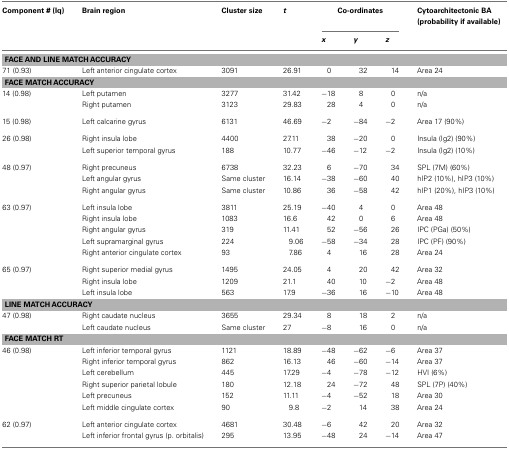
<table><thead><tr><td><b>Component # (Iq)</b></td><td><b>Brain region</b></td><td><b>Cluster size</b></td><td><b><i>t</i></b></td><td colspan="3"><b>Co-ordinates</b></td><td><b>Cytoarchitectonic BA (probability if available)</b></td></tr><tr><td></td><td></td><td></td><td></td><td><b><i>x</i></b></td><td><b><i>y</i></b></td><td><b><i>z</i></b></td><td></td></tr></thead><tbody><tr><td colspan="8"><b>FACE AND LINE MATCH ACCURACY</b></td></tr><tr><td>71 (0.93)</td><td>Left anterior cingulate cortex</td><td>3091</td><td>26.91</td><td>0</td><td>32</td><td>14</td><td>Area 24</td></tr><tr><td colspan="8"><b>FACE MATCH ACCURACY</b></td></tr><tr><td>14 (0.98)</td><td>Left putamen</td><td>3277</td><td>31.42</td><td>−18</td><td>8</td><td>0</td><td>n/a</td></tr><tr><td></td><td>Right putamen</td><td>3123</td><td>29.83</td><td>28</td><td>4</td><td>0</td><td>n/a</td></tr><tr><td>15 (0.98)</td><td>Left calcarine gyrus</td><td>6131</td><td>46.69</td><td>−2</td><td>−84</td><td>−2</td><td>Area 17 (90%)</td></tr><tr><td>26 (0.98)</td><td>Right insula lobe</td><td>4400</td><td>27.11</td><td>38</td><td>−20</td><td>0</td><td>Insula (Ig2) (90%)</td></tr><tr><td></td><td>Left superior temporal gyrus</td><td>188</td><td>10.77</td><td>−46</td><td>−12</td><td>−2</td><td>Insula (Ig2) (10%)</td></tr><tr><td>48 (0.97)</td><td>Right precuneus</td><td>6738</td><td>32.23</td><td>6</td><td>−70</td><td>34</td><td>SPL (7M) (60%)</td></tr><tr><td></td><td>Left angular gyrus</td><td>Same cluster</td><td>16.14</td><td>−38</td><td>−60</td><td>40</td><td>hIP2 (10%), hIP3 (10%)</td></tr><tr><td></td><td>Right angular gyrus</td><td>Same cluster</td><td>10.86</td><td>36</td><td>−58</td><td>42</td><td>hIP1 (20%), hIP3 (10%)</td></tr><tr><td>63 (0.97)</td><td>Left insula lobe</td><td>3811</td><td>25.19</td><td>−40</td><td>4</td><td>0</td><td>Area 48</td></tr><tr><td></td><td>Right insula lobe</td><td>1083</td><td>16.6</td><td>42</td><td>0</td><td>6</td><td>Area 48</td></tr><tr><td></td><td>Right angular gyrus</td><td>319</td><td>11.41</td><td>52</td><td>−56</td><td>26</td><td>IPC (PGa) (50%)</td></tr><tr><td></td><td>Left supramarginal gyrus</td><td>224</td><td>9.06</td><td>−58</td><td>−34</td><td>28</td><td>IPC (PF) (90%)</td></tr><tr><td></td><td>Right anterior cingulate cortex</td><td>93</td><td>7.86</td><td>4</td><td>16</td><td>28</td><td>Area 24</td></tr><tr><td>65 (0.97)</td><td>Right superior medial gyrus</td><td>1495</td><td>24.05</td><td>4</td><td>20</td><td>42</td><td>Area 32</td></tr><tr><td></td><td>Right insula lobe</td><td>1209</td><td>21.1</td><td>40</td><td>10</td><td>−2</td><td>Area 48</td></tr><tr><td></td><td>Left insula lobe</td><td>563</td><td>17.9</td><td>−36</td><td>16</td><td>−10</td><td>Area 48</td></tr><tr><td colspan="8"><b>LINE MATCH ACCURACY</b></td></tr><tr><td>47 (0.98)</td><td>Right caudate nucleus</td><td>3655</td><td>29.34</td><td>8</td><td>18</td><td>2</td><td>n/a</td></tr><tr><td></td><td>Left caudate nucleus</td><td>Same cluster</td><td>27</td><td>−8</td><td>16</td><td>0</td><td>n/a</td></tr><tr><td colspan="8"><b>FACE MATCH RT</b></td></tr><tr><td>46 (0.98)</td><td>Left inferior temporal gyrus</td><td>1121</td><td>18.89</td><td>−48</td><td>−62</td><td>−6</td><td>Area 37</td></tr><tr><td></td><td>Right inferior temporal gyrus</td><td>862</td><td>16.13</td><td>46</td><td>−60</td><td>−14</td><td>Area 37</td></tr><tr><td></td><td>Left cerebellum</td><td>445</td><td>17.29</td><td>−4</td><td>−78</td><td>−12</td><td>HVI (6%)</td></tr><tr><td></td><td>Right superior parietal lobule</td><td>180</td><td>12.18</td><td>24</td><td>−72</td><td>48</td><td>SPL (7P) (40%)</td></tr><tr><td></td><td>Left precuneus</td><td>152</td><td>11.11</td><td>−4</td><td>−52</td><td>18</td><td>Area 30</td></tr><tr><td></td><td>Left middle cingulate cortex</td><td>90</td><td>9.8</td><td>−2</td><td>14</td><td>38</td><td>Area 24</td></tr><tr><td>62 (0.97)</td><td>Left anterior cingulate cortex</td><td>4681</td><td>30.48</td><td>−6</td><td>42</td><td>20</td><td>Area 32</td></tr><tr><td></td><td>Left inferior frontal gyrus (p. orbitalis)</td><td>295</td><td>13.95</td><td>−48</td><td>24</td><td>−14</td><td>Area 47</td></tr></tbody></table>